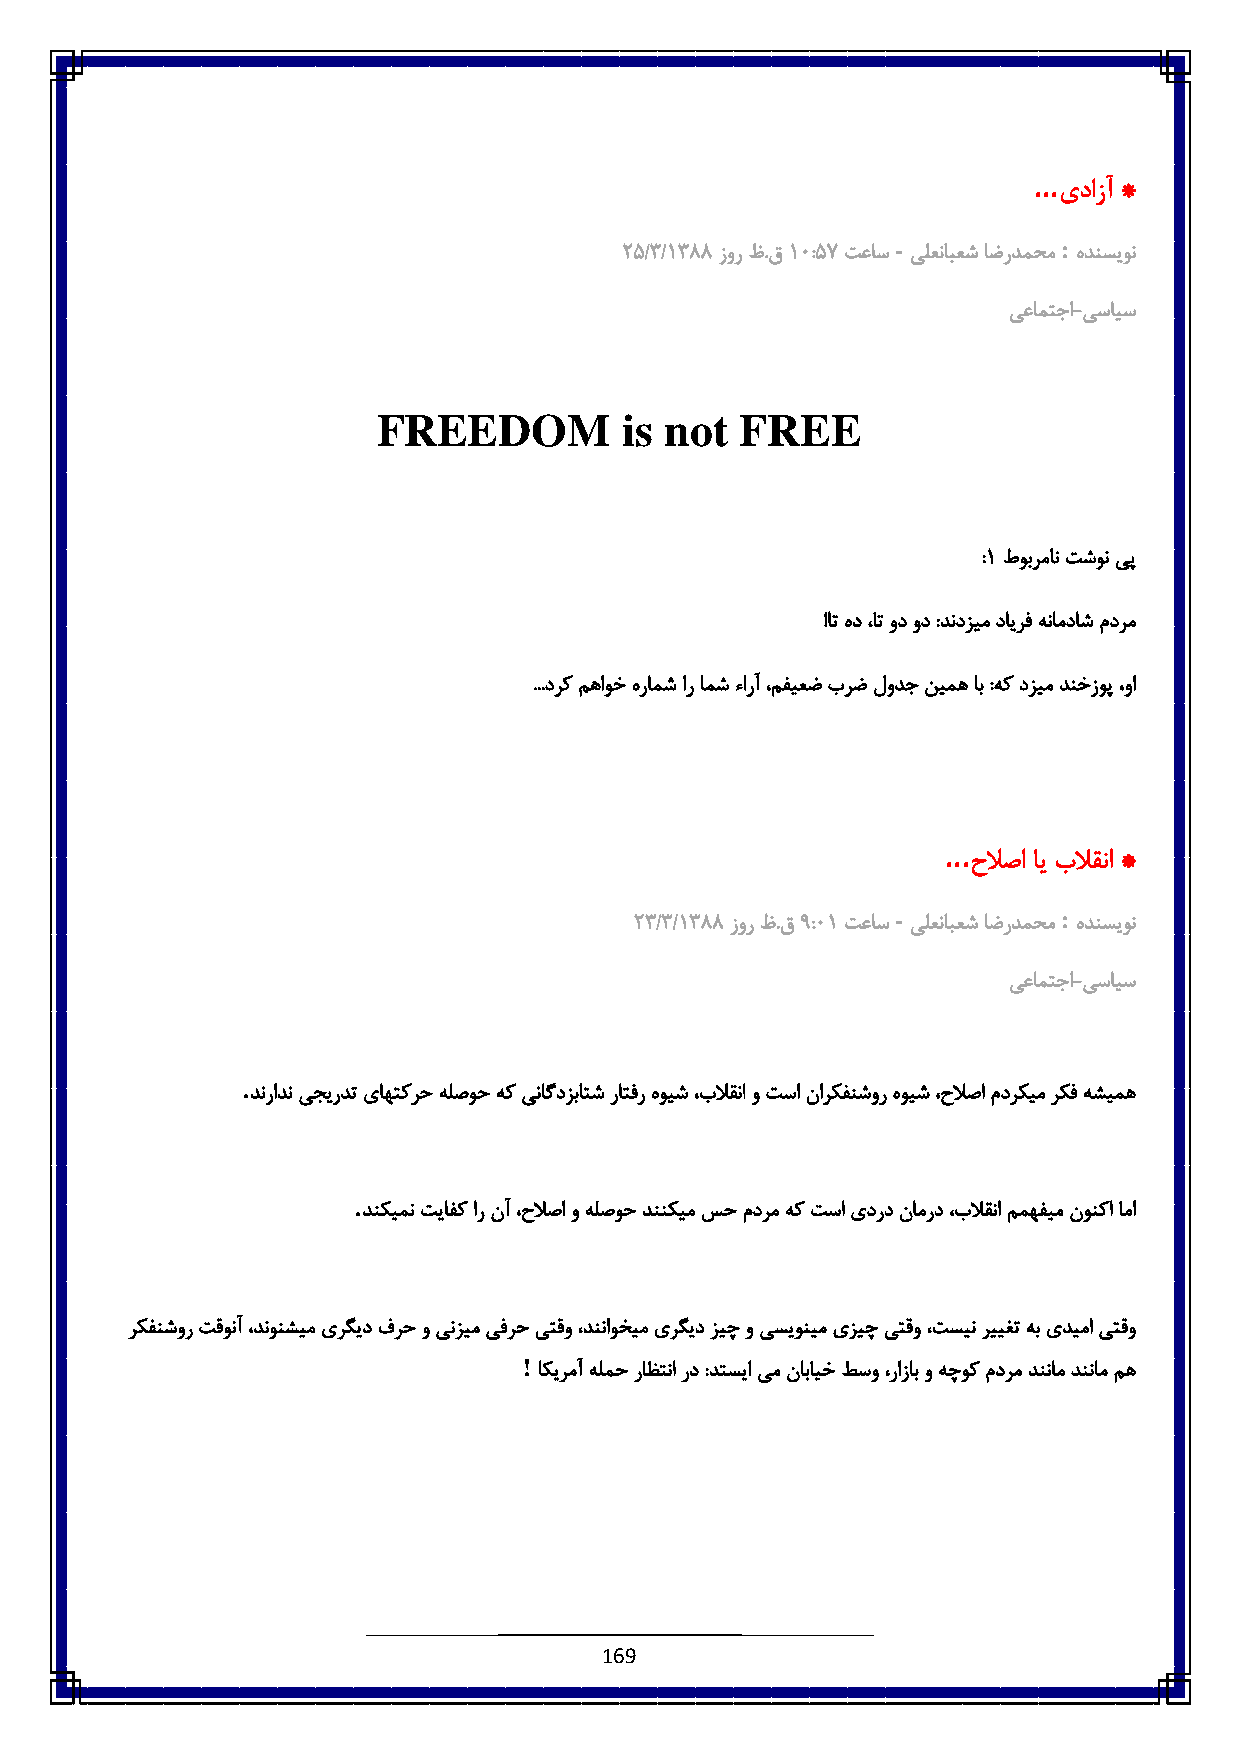
...
 یدازآ *
 -          :
 :٠/8/6833 زور ظ.ق6 ٥:٠٧ تعاس یلعنابعش اضردمحم هدنسیون
 یعامتجا-یسایس
 FREEDOM         is not  FREE
 :6 طوبرمان تشون یپ
 !ات هد ، ات ود ود :دندزیم دایرف هنامداش مدرم
 ...درک مهاوخ هرامش ار امش ءارآ ،مفیعض برض لودج نیمه اب :هک دزیم دنخزوپ ،وا
 ...
 حلاصا ای بلاقنا *
 -          :
 :8/8/6833 زور ظ.ق3 :٥6 تعاس یلعنابعش اضردمحم هدنسیون
 یعامتجا-یسایس
 .
 دنرادن یجیردت یاهتکرح هلصوح هک یناگدزباتش راتفر هویش ،بلاقنا و تسا نارکفنشور هویش ،حلاصا مدرکیم رکف هشیمه
 .
 دنکیمن تیافک ار نآ ،حلاصا و هلصوح دننکیم سح مدرم هک تسا یدرد نامرد ،بلاقنا ممهفیم نونکا اما
 رکفنشور تقونآ ،دنونشیم یرگید فرح و ینزیم یفرح یتقو ،دنناوخیم یرگید زیچ و یسیونیم یزیچ یتقو ،تسین رییغت هب یدیما یتقو
 !
 اکیرمآ هلمح راظتنا رد :دتسیا یم نابایخ طسو ،رازاب و هچوک مدرم دننام دننام مه
 169